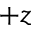
+ z